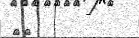
١٠